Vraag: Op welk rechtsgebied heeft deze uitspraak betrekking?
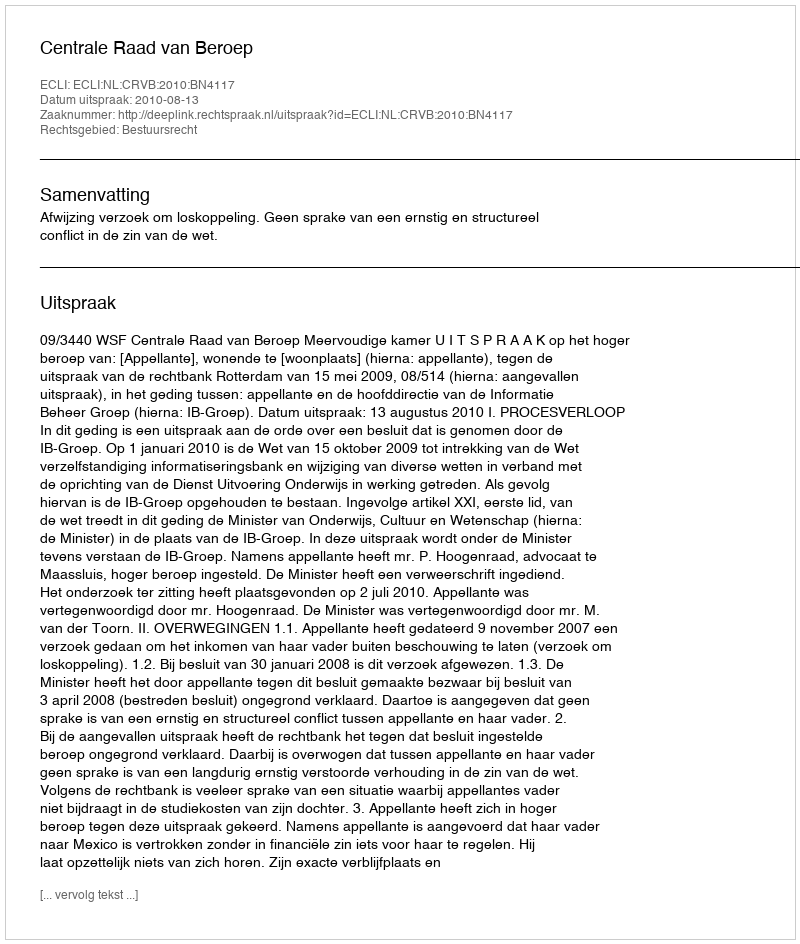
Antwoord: Bestuursrecht